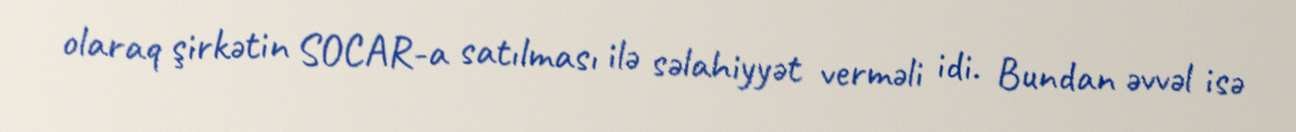
olaraq şirkətin SOCAR-a satılması ilə səlahiyyət verməli idi. Bundan əvvəl isə